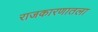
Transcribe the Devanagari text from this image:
राजकारणातला